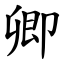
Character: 卿